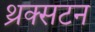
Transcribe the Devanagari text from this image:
थ्रक्सटन